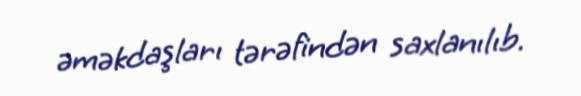
əməkdaşları tərəfindən saxlanılıb.